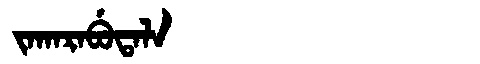
Manchu: ᠵᠠᡴᠠᡵᠠᠪᡠᡨᠠᠯᠠ
Romanization: JAKARABUTALA